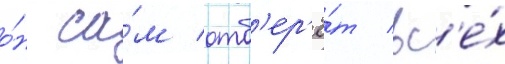
о́н са́м отб'ер'ё́т вс'е́х